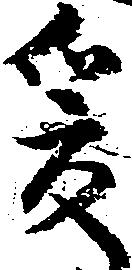
爰